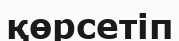
қөрсетіп